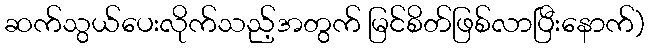
ဆက်သွယ်ပေးလိုက်သည့်အတွက် မြင်စိတ်ဖြစ်လာပြီးနောက်)